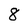
Character: 8